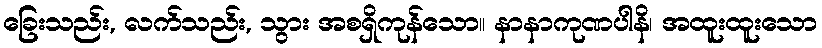
ခြေးသည်း, လက်သည်း, သွား အစရှိကုန်သော။ နာနာကုဏပါနိ၊ အထူးထူးသော